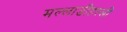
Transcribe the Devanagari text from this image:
मल्लाडीहल्ली